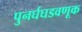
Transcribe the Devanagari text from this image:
पुनर्घघडवणूक